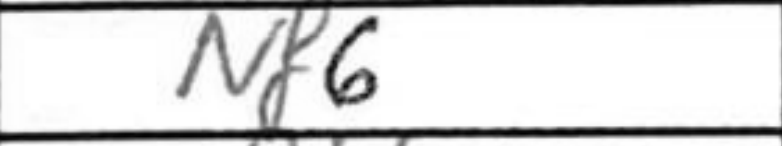
Transcription: Nf6